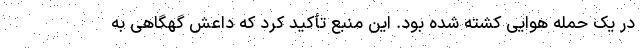
در یک حمله هوایی کشته شده بود. این منبع تأکید کرد که داعش گهگاهی به